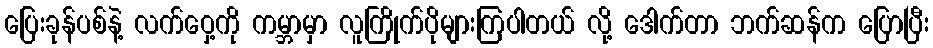
ပြေးခုန်ပစ်နဲ့ လက်ဝှေ့ကို ကမ္ဘာမှာ လူကြိုက်ပိုများကြပါတယ် လို့ ဒေါက်တာ ဘက်ဆန်က ပြောပြီး